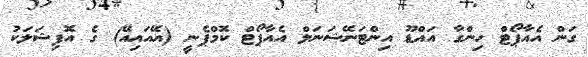
ގަން އެއާޕޯޓް ހިންގާ އައްޑޫ އިންޓަނޭޝަނަލް އެއާޕޯޓް ކޮމްޕެނީ (އޭއައިއޭ) ގެ އޮފިޝަަލަކު